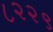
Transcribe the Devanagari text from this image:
८२२९